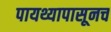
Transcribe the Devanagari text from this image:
पायथ्यापासूनच